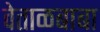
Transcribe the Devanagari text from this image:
वेताळबाबा